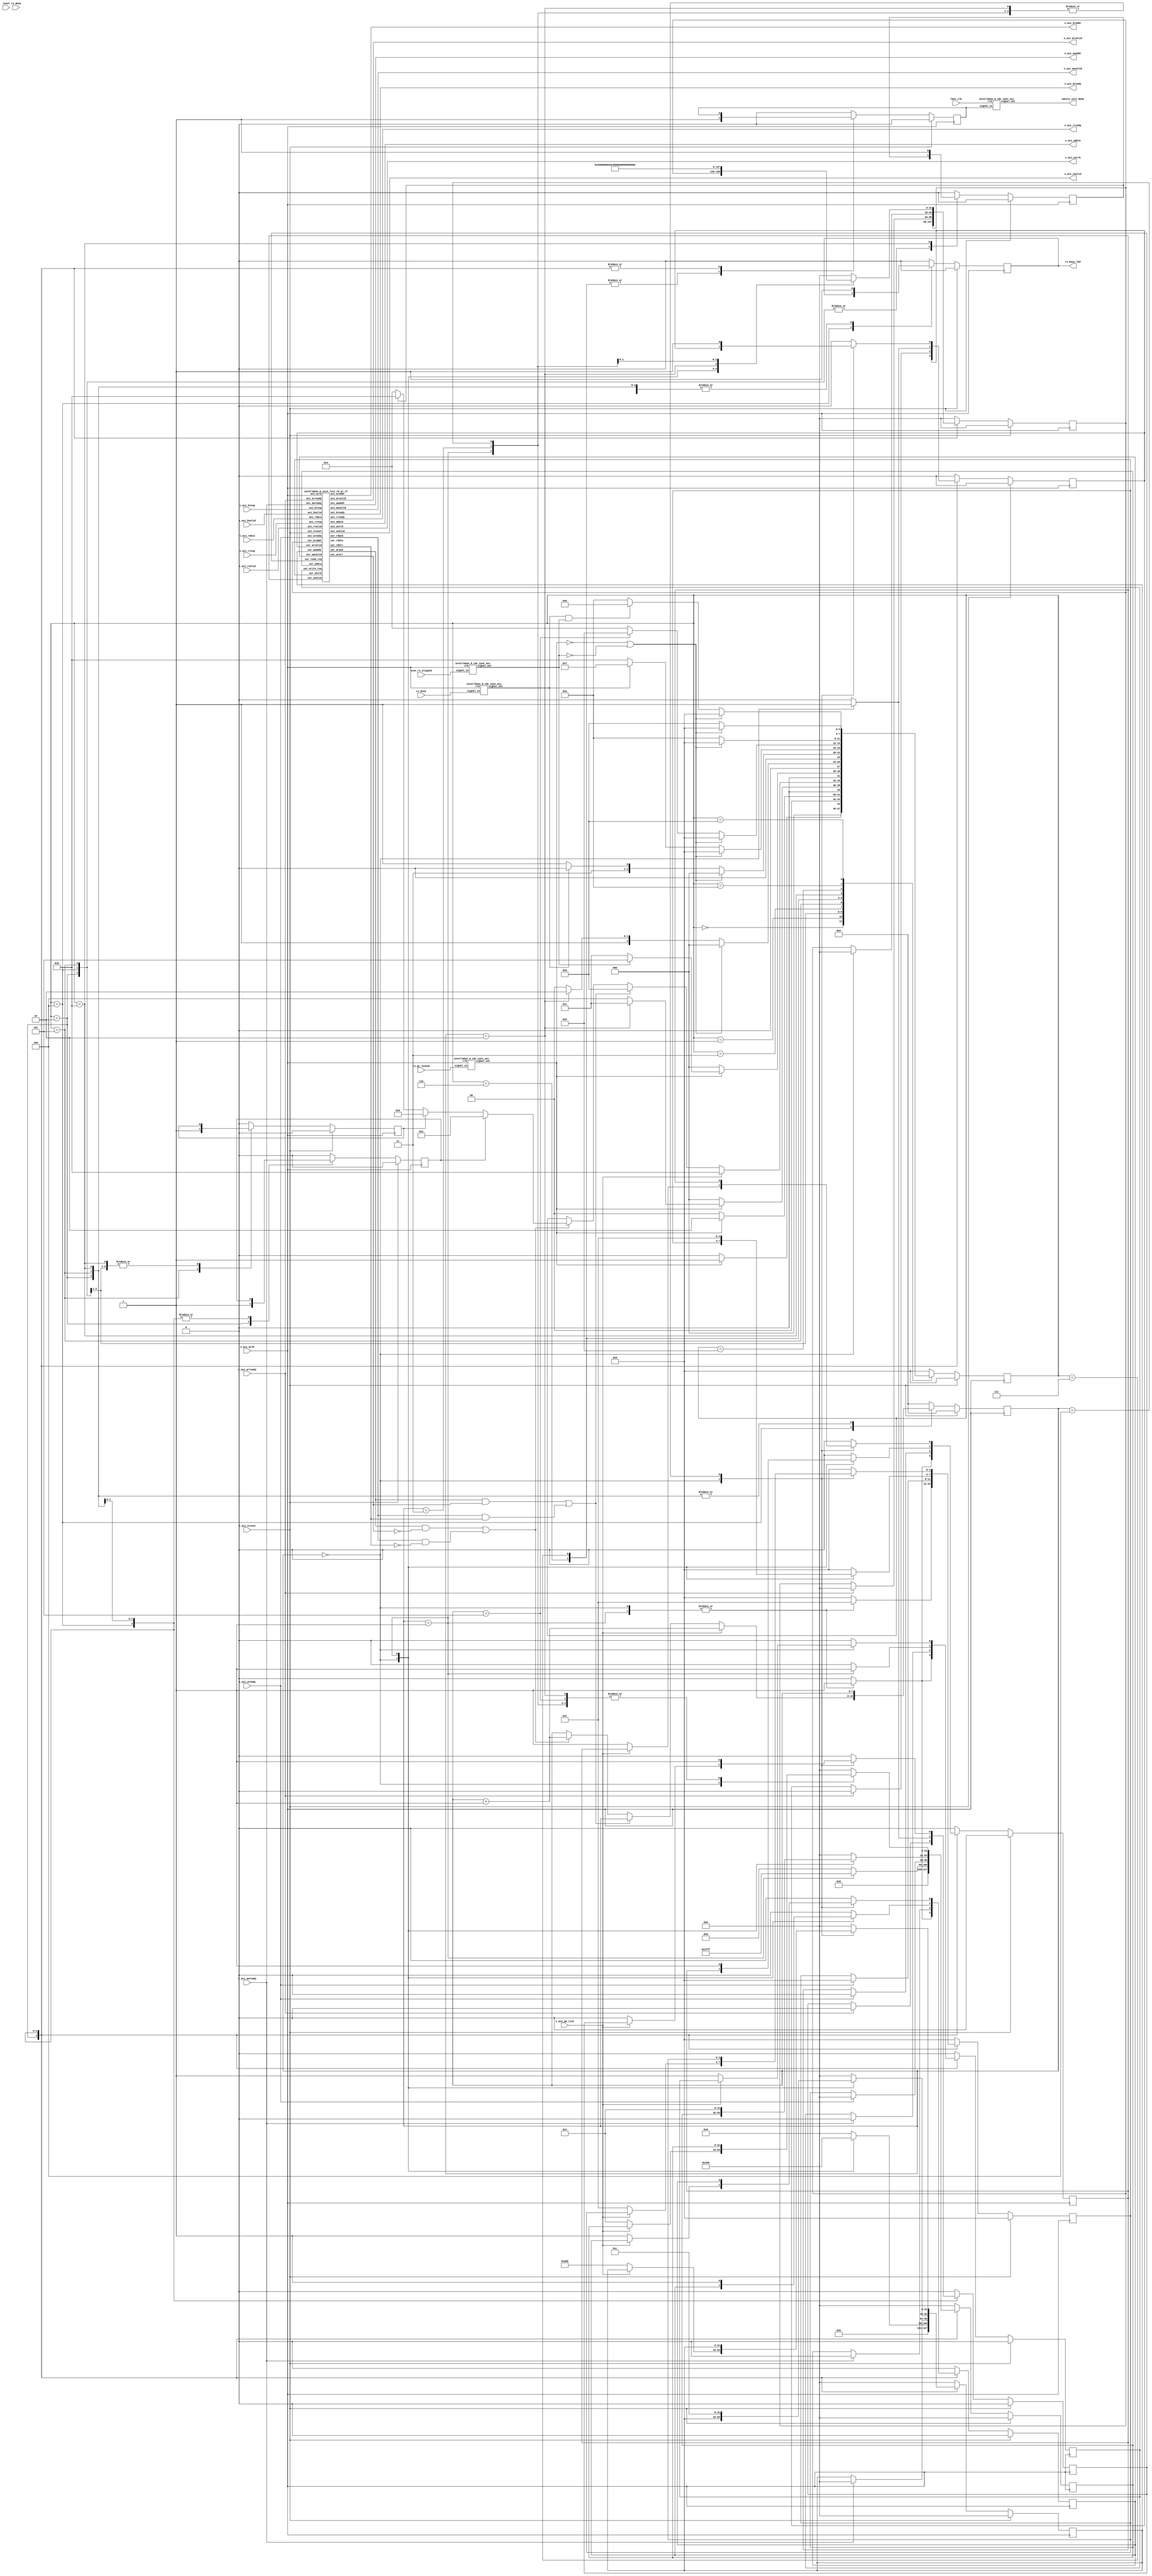
////------------------------------------------------------------------------------
////  (c) Copyright 2013 Xilinx, Inc. All rights reserved.
////
////  This file contains confidential and proprietary information
////  of Xilinx, Inc. and is protected under U.S. and
////  international copyright and other intellectual property
////  laws.
////
////  DISCLAIMER
////  This disclaimer is not a license and does not grant any
////  rights to the materials distributed herewith. Except as
////  otherwise provided in a valid license issued to you by
////  Xilinx, and to the maximum extent permitted by applicable
////  law: (1) THESE MATERIALS ARE MADE AVAILABLE "AS IS" AND
////  WITH ALL FAULTS, AND XILINX HEREBY DISCLAIMS ALL WARRANTIES
////  AND CONDITIONS, EXPRESS, IMPLIED, OR STATUTORY, INCLUDING
////  BUT NOT LIMITED TO WARRANTIES OF MERCHANTABILITY, NON-
////  INFRINGEMENT, OR FITNESS FOR ANY PARTICULAR PURPOSE; and
////  (2) Xilinx shall not be liable (whether in contract or tort,
////  including negligence, or under any other theory of
////  liability) for any loss or damage of any kind or nature
////  related to, arising under or in connection with these
////  materials, including for any direct, or any indirect,
////  special, incidental, or consequential loss or damage
////  (including loss of data, profits, goodwill, or any type of
////  loss or damage suffered as a result of any action brought
////  by a third party) even if such damage or loss was
////  reasonably foreseeable or Xilinx had been advised of the
////  possibility of the same.
////
////  CRITICAL APPLICATIONS
////  Xilinx products are not designed or intended to be fail-
////  safe, or for use in any application requiring fail-safe
////  performance, such as life-support or safety devices or
////  systems, Class III medical devices, nuclear facilities,
////  applications related to the deployment of airbags, or any
////  other applications that could lead to death, personal
////  injury, or severe property or environmental damage
////  (individually and collectively, "Critical
////  Applications"). Customer assumes the sole risk and
////  liability of any use of Xilinx products in Critical
////  Applications, subject only to applicable laws and
////  regulations governing limitations on product liability.
////
////  THIS COPYRIGHT NOTICE AND DISCLAIMER MUST BE RETAINED AS
////  PART OF THIS FILE AT ALL TIMES.
////------------------------------------------------------------------------------

`timescale 1ps/1ps
(* DowngradeIPIdentifiedWarnings="yes" *)

module interlaken_0_axi4_lite_user_if
   (
    input  wire            lbus_clk,
    input  wire            reset,
    input  wire            rx_gt_locked,
    input  wire            stat_rx_aligned,
    input                  rx_done,
    input                  rx_busy,
    output wire            rx_busy_led,

    output wire            sanity_init_done,

    input                  s_axi_aclk,
    input                  s_axi_sreset,
    input                  s_axi_pm_tick,
    output  [31:0]         s_axi_awaddr,
    output                 s_axi_awvalid,
    
    input                  s_axi_awready,
    
    output  [31:0]         s_axi_wdata,
    output  [3:0]          s_axi_wstrb,
    output                 s_axi_wvalid,
    input                  s_axi_wready,
    
    input   [1:0]          s_axi_bresp,
    input                  s_axi_bvalid,
    output                 s_axi_bready,
    
    output  [31:0]         s_axi_araddr,
    output                 s_axi_arvalid,
    input                  s_axi_arready,
    input   [31:0]         s_axi_rdata,
    input   [1:0]          s_axi_rresp,
    input                  s_axi_rvalid,
    output                 s_axi_rready

    );

    //// axi_user_prestate
    parameter STATE_AXI_IDLE            = 0;
    parameter STATE_GT_LOCKED           = 1;
    parameter STATE_INIT_RX_ALIGNED     = 2;
    parameter STATE_WAIT_RX_ALIGNED     = 3;
    parameter STATE_AXI_RD_WR           = 4;
    parameter STATE_INIT_PKT_TRANSFER   = 5;
    parameter STATE_WAIT_SANITY_DONE    = 6;
    parameter STATE_TEST_WAIT           = 7;
    parameter STATE_READ_STATS          = 8;
    parameter STATE_READ_DONE           = 9;
    parameter STATE_TEST_DONE           = 10;
    parameter STATE_INVALID_AXI_RD_WR   = 11;

    //// axi_reg_map address
    parameter  ADDR_CORE_VERSION_REG                 =  32'h00000000;
    parameter  ADDR_GT_RESET_REG                     =  32'h00000004;
    parameter  ADDR_RESET_REG                        =  32'h00000008;
    parameter  ADDR_CONFIGURATION_TX_REG             =  32'h0000000C;
    parameter  ADDR_CONFIGURATION_TX_DIAGWORD_REG    =  32'h00000010;
    parameter  ADDR_CONFIGURATION_RX_REG             =  32'h00000014;

    parameter  ADDR_STAT_TX_STATUS_REG               =  32'h00000200;

    parameter  ADDR_STAT_RX_STATUS_REG               =  32'h00000204;
    parameter  ADDR_STAT_RX_DIAGWORD_REG             =  32'h00000208;
    parameter  ADDR_STAT_RX_MUBITS_REG               =  32'h0000020C;
    parameter  ADDR_STAT_RX_SYNCED_REG               =  32'h00000210;
    parameter  ADDR_STAT_RX_SYNCED_ERR_REG           =  32'h00000214;
    parameter  ADDR_STAT_RX_MF_ERR_REG               =  32'h00000218;
    parameter  ADDR_STAT_RX_MF_LEN_ERR_REG           =  32'h0000021C;
    parameter  ADDR_STAT_RX_MF_REPEAT_ERR_REG        =  32'h00000220;
    parameter  ADDR_STAT_RX_DESCRAM_ERR_MSG          =  32'h00000224;

    parameter  ADDR_STAT_RX_CRC32_ERR_LANE0          =  32'h000002C0;
    parameter  ADDR_STAT_RX_CRC32_ERR_LANE1          =  32'h000002C8;
    parameter  ADDR_STAT_RX_CRC32_ERR_LANE2          =  32'h000002D0;
    parameter  ADDR_STAT_RX_CRC32_ERR_LANE3          =  32'h000002D8;
    parameter  ADDR_STAT_RX_CRC32_ERR_LANE4          =  32'h000002E0;
    parameter  ADDR_STAT_RX_CRC32_ERR_LANE5          =  32'h000002E8;
    parameter  ADDR_STAT_RX_CRC32_ERR_LANE6          =  32'h000002F0;
    parameter  ADDR_STAT_RX_CRC32_ERR_LANE7          =  32'h000002F8;
    parameter  ADDR_STAT_RX_CRC32_ERR_LANE8          =  32'h00000300;
    parameter  ADDR_STAT_RX_CRC32_ERR_LANE9          =  32'h00000308;
    parameter  ADDR_STAT_RX_CRC32_ERR_LANE10         =  32'h00000310;
    parameter  ADDR_STAT_RX_CRC32_ERR_LANE11         =  32'h00000318;
    parameter  ADDR_STAT_RX_CRC24_ERR                =  32'h00000320;
    parameter  ADDR_STAT_RX_BAD_TYPE_ERR_LANE0       =  32'h00000328;
    parameter  ADDR_STAT_RX_BAD_TYPE_ERR_LANE1       =  32'h00000330;
    parameter  ADDR_STAT_RX_BAD_TYPE_ERR_LANE2       =  32'h00000338;
    parameter  ADDR_STAT_RX_BAD_TYPE_ERR_LANE3       =  32'h00000340;
    parameter  ADDR_STAT_RX_BAD_TYPE_ERR_LANE4       =  32'h00000348;
    parameter  ADDR_STAT_RX_BAD_TYPE_ERR_LANE5       =  32'h00000350;
    parameter  ADDR_STAT_RX_BAD_TYPE_ERR_LANE6       =  32'h00000358;
    parameter  ADDR_STAT_RX_BAD_TYPE_ERR_LANE7       =  32'h00000360;
    parameter  ADDR_STAT_RX_BAD_TYPE_ERR_LANE8       =  32'h00000368;
    parameter  ADDR_STAT_RX_BAD_TYPE_ERR_LANE9       =  32'h00000370;
    parameter  ADDR_STAT_RX_BAD_TYPE_ERR_LANE10      =  32'h00000378;
    parameter  ADDR_STAT_RX_BAD_TYPE_ERR_LANE11      =  32'h00000380;
    parameter  ADDR_STAT_RX_FRAMING_ERR_LANE0        =  32'h00000388;
    parameter  ADDR_STAT_RX_FRAMING_ERR_LANE1        =  32'h00000390;
    parameter  ADDR_STAT_RX_FRAMING_ERR_LANE2        =  32'h00000398;
    parameter  ADDR_STAT_RX_FRAMING_ERR_LANE3        =  32'h000003A0;
    parameter  ADDR_STAT_RX_FRAMING_ERR_LANE4        =  32'h000003A8;
    parameter  ADDR_STAT_RX_FRAMING_ERR_LANE5        =  32'h000003B0;
    parameter  ADDR_STAT_RX_FRAMING_ERR_LANE6        =  32'h000003B8;
    parameter  ADDR_STAT_RX_FRAMING_ERR_LANE7        =  32'h000003C0;
    parameter  ADDR_STAT_RX_FRAMING_ERR_LANE8        =  32'h000003C8;
    parameter  ADDR_STAT_RX_FRAMING_ERR_LANE9        =  32'h000003D0;
    parameter  ADDR_STAT_RX_FRAMING_ERR_LANE10       =  32'h000003D8;
    parameter  ADDR_STAT_RX_FRAMING_ERR_LANE11       =  32'h000003E0;


    parameter  ADDR_TICK_REG                         =  32'h000002B0;

    ////State Registers for TX
    reg  [3:0]     axi_user_prestate;

    reg  [31:0]    axi_wr_data;
    reg  [31:0]    axi_read_data;
    wire [31:0]    axi_rd_data;
    reg  [31:0]    axi_wr_addr, axi_rd_addr;
    reg  [3:0]     axi_wr_strobe;
    reg            axi_wr_data_valid;
    reg            axi_wr_addr_valid;
    reg            axi_rd_addr_valid;
    reg            axi_rd_req;
    reg            axi_wr_req;
    wire           axi_wr_ack;
    wire           axi_rd_ack;
    wire           axi_wr_err;
    wire           axi_rd_err;
    reg  [7:0]     rd_wr_cntr; 
    reg  [31:0]    stat_tx_status_v;
    reg  [31:0]    stat_rx_status_v, stat_rx_mubits_v, stat_rx_synced_v, stat_rx_synced_err_lane0_v, stat_rx_crc32_err_v, stat_rx_crc24_err_v, stat_rx_bad_type_err_lane0_v;
    reg            sanity_init_done_r;
    reg            init_rx_aligned;
    reg            init_data_sanity;
    reg            init_stat_read;
    wire           stat_rx_aligned_sync;
    wire           gt_locked_sync;
    wire           rx_done_sync;
    wire           rx_busy_sync;
    reg            rx_busy_led_r;
     
    wire            pm_tick_r;
    assign pm_tick_r = s_axi_pm_tick;

    ////----------------------------------------TX Module -----------------------//
    
    //////////////////////////////////////////////////
    ////State Machine 
    //////////////////////////////////////////////////
    always @( posedge s_axi_aclk )
    begin
        if ( s_axi_sreset == 1'b1 )
        begin
            axi_user_prestate         <= STATE_AXI_IDLE;
            axi_rd_addr               <= 32'd0;
            axi_rd_addr_valid         <= 1'b0;
            axi_wr_data               <= 32'd0;
            axi_read_data             <= 32'd0;
            axi_wr_addr               <= 32'd0;
            axi_wr_addr_valid         <= 1'b0;
            axi_wr_data_valid         <= 1'b0;
            axi_wr_strobe             <= 4'd0;
            axi_rd_req                <= 1'b0;
            axi_wr_req                <= 1'b0;
            rd_wr_cntr                <= 8'd0;
            init_rx_aligned           <= 1'b0;
            init_data_sanity          <= 1'b0;
            init_stat_read            <= 1'b0;
            sanity_init_done_r        <= 1'b0;
            rx_busy_led_r             <= 1'b0;
            stat_tx_status_v          <= 32'd0;
            stat_rx_status_v             <= 32'd0;
            stat_rx_mubits_v             <= 32'd0;
            stat_rx_synced_v             <= 32'd0;
            stat_rx_synced_err_lane0_v         <= 32'd0;
            stat_rx_crc32_err_v          <= 32'd0;
            stat_rx_crc24_err_v          <= 32'd0;
            stat_rx_bad_type_err_lane0_v <= 32'd0;
        end
        else
        begin
        case (axi_user_prestate)
            STATE_AXI_IDLE            :
                                     begin
                                         axi_rd_addr               <= 32'd0;
                                         axi_rd_addr_valid         <= 1'b0;
                                         axi_wr_data               <= 32'd0;
                                         axi_read_data             <= 32'd0;
                                         axi_wr_addr               <= 32'd0;
                                         axi_wr_addr_valid         <= 1'b0;
                                         axi_wr_data_valid         <= 1'b0;
                                         axi_wr_strobe             <= 4'd0;
                                         axi_rd_req                <= 1'b0;
                                         axi_wr_req                <= 1'b0;
                                         rd_wr_cntr                <= 8'd0;
                                         init_rx_aligned           <= 1'b0;
                                         init_data_sanity          <= 1'b0;
                                         init_stat_read            <= 1'b0;
                                         sanity_init_done_r        <= 1'b0;
                                         rx_busy_led_r             <= 1'b0;
                                         stat_tx_status_v          <= 32'd0;
                                         stat_rx_status_v          <= 32'd0;
                                         stat_rx_mubits_v          <= 32'd0;
                                         stat_rx_synced_v          <= 32'd0;
                                         stat_rx_synced_err_lane0_v      <= 32'd0;
                                         stat_rx_crc32_err_v       <= 32'd0;
                                         stat_rx_crc24_err_v       <= 32'd0;
                                         stat_rx_bad_type_err_lane0_v <= 32'd0;
                                         //// State transition
                                         if  (gt_locked_sync == 1'b1)
                                         begin
                                             axi_user_prestate <= STATE_GT_LOCKED;
                                         end
                                         else
                                             axi_user_prestate <= STATE_AXI_IDLE;
                                     end
            STATE_GT_LOCKED          :
                                     begin
                                         axi_rd_addr             <= 32'd0;
                                         axi_rd_addr_valid       <= 1'b0;
                                         axi_wr_data             <= 32'd0;
                                         axi_read_data           <= 32'd0;
                                         axi_wr_addr             <= 32'd0;
                                         axi_wr_addr_valid       <= 1'b0;
                                         axi_wr_data_valid       <= 1'b0;
                                         axi_wr_strobe           <= 4'd0;
                                         axi_rd_req              <= 1'b0;
                                         axi_wr_req              <= 1'b0;
                                         rd_wr_cntr              <= 8'd0;
                                         rx_busy_led_r           <= 1'b1;
                                         init_rx_aligned         <= 1'b0;
                                         init_data_sanity        <= 1'b0;
                                         init_stat_read          <= 1'b0;
                                         sanity_init_done_r      <= 1'b0;
                                         //// State transition
                                         if  (gt_locked_sync == 1'b0)
                                             axi_user_prestate <= STATE_AXI_IDLE;
                                         else 
                                             axi_user_prestate <= STATE_INIT_RX_ALIGNED;
                                     end
            STATE_INIT_RX_ALIGNED    :
                                     begin
                                         rx_busy_led_r           <= 1'b1;
                                         init_rx_aligned         <= 1'b1;

                                         case (rd_wr_cntr)
                                             'd0     : begin
                                                           $display( "           AXI4-Lite Write Started to Config the Core CTL_* Ports ..." );
                                                           axi_wr_data             <= 32'h00000000;       
                                                           axi_wr_addr             <= ADDR_CONFIGURATION_TX_REG; 
                                                           axi_wr_addr_valid       <= 1'b1;
                                                           axi_wr_data_valid       <= 1'b1;
                                                           axi_wr_strobe           <= 4'hF;
                                                           axi_rd_req              <= 1'b0;
                                                           axi_wr_req              <= 1'b1;
                                                       end
                                             'd1     : begin
                                                           axi_wr_data             <= 32'h00001FFF;
                                                           axi_wr_addr             <= ADDR_CONFIGURATION_TX_DIAGWORD_REG;
                                                           axi_wr_addr_valid       <= 1'b1;
                                                           axi_wr_data_valid       <= 1'b1;
                                                           axi_wr_strobe           <= 4'hF;
                                                           axi_rd_req              <= 1'b0;
                                                           axi_wr_req              <= 1'b1;
                                                       end
                                             default : begin
                                                           axi_wr_data             <= 32'h0;
                                                           axi_wr_addr             <= 32'h0;
                                                           axi_wr_addr_valid       <= 1'b0;
                                                           axi_wr_data_valid       <= 1'b0;
                                                           axi_wr_strobe           <= 4'h0;
                                                           axi_rd_req              <= 1'b0;
                                                           axi_wr_req              <= 1'b0;
                                                       end
                                         endcase

                                         //// State transition
                                         if  (gt_locked_sync == 1'b0)
                                             axi_user_prestate <= STATE_AXI_IDLE;
                                         else if  (rd_wr_cntr == 8'd2)
                                         begin
                                             $display( "           AXI4-Lite Write Completed" );
                                             axi_user_prestate <= STATE_WAIT_RX_ALIGNED;
                                         end
                                         else
                                             axi_user_prestate <= STATE_AXI_RD_WR;
                                     end
            STATE_AXI_RD_WR          :
                                     begin
                                         if (s_axi_awready) begin
                                             axi_wr_addr             <= 32'd0;
                                             axi_wr_addr_valid       <= 1'b0;
                                             axi_wr_req              <= 1'b0;
                                        end
                                        if (s_axi_wready) begin
                                             axi_wr_data             <= 32'd0;
                                             axi_wr_data_valid       <= 1'b0;
                                             axi_wr_strobe           <= 4'd0;
                                        end
                                        if (s_axi_arready) begin
                                             axi_rd_addr             <= 32'd0;
                                             axi_rd_addr_valid       <= 1'b0;
                                             axi_rd_req              <= 1'b0;
                                        end
                                        
                                         //// State transition
                                         if (pm_tick_r == 1'b1)
                                         begin
                                            rd_wr_cntr        <= rd_wr_cntr + 8'd1;
                                            axi_user_prestate <= STATE_READ_STATS;
                                         end
                                         else if  ((axi_wr_ack == 1'b1 && axi_wr_err == 1'b1) || (axi_rd_ack == 1'b1 && axi_rd_err == 1'b1))
                                         begin
                                             $display("ERROR : INVALID AXI4-Lite READ/WRITE OPERATION OCCURED, APPLY SYS_RESET TO RECOVER ..........");
                                             axi_user_prestate <= STATE_INVALID_AXI_RD_WR;
                                         end
                                         else if  ((axi_wr_ack == 1'b1 && axi_wr_err == 1'b0) || (axi_rd_ack == 1'b1 && axi_rd_err == 1'b0))
                                         begin
                                             rd_wr_cntr              <= rd_wr_cntr + 8'd1;
                                             axi_read_data           <= axi_rd_data;
                                             if  (init_rx_aligned == 1'b1)
                                                 axi_user_prestate <= STATE_INIT_RX_ALIGNED;
                                             else if  (init_data_sanity == 1'b1)
                                                 axi_user_prestate <= STATE_INIT_PKT_TRANSFER;
                                             else if  (init_stat_read == 1'b1)
                                                 axi_user_prestate <= STATE_READ_STATS;
                                             else
                                                 axi_user_prestate <= STATE_AXI_RD_WR;
                                         end
                                     end
            STATE_WAIT_RX_ALIGNED    :
                                     begin
                                         rx_busy_led_r           <= 1'b1;
                                         axi_rd_addr             <= 32'd0;
                                         axi_rd_addr_valid       <= 1'b0;
                                         axi_wr_data             <= 32'd0;
                                         axi_read_data           <= 32'd0;
                                         axi_wr_addr             <= 32'd0;
                                         axi_wr_addr_valid       <= 1'b0;
                                         axi_wr_data_valid       <= 1'b0;
                                         axi_wr_strobe           <= 4'd0;
                                         axi_rd_req              <= 1'b0;
                                         axi_wr_req              <= 1'b0;
                                         rd_wr_cntr              <= 8'd0;
                                         init_rx_aligned         <= 1'b0;
                                         init_data_sanity        <= 1'b0;
                                         init_stat_read          <= 1'b0;
                                         sanity_init_done_r      <= 1'b0;

                                         //// State transition
                                         if  (gt_locked_sync == 1'b0)
                                             axi_user_prestate <= STATE_AXI_IDLE;
                                         else if  (stat_rx_aligned_sync == 1'b1)
                                         begin
                                             axi_user_prestate <= STATE_INIT_PKT_TRANSFER;
                                         end
                                         else
                                             axi_user_prestate <= STATE_WAIT_RX_ALIGNED;
                                     end
            STATE_INIT_PKT_TRANSFER  : 
                                     begin
                                         rx_busy_led_r           <= 1'b1;
                                         init_data_sanity        <= 1'b1;

                                         case (rd_wr_cntr)
                                             'd0     : begin
                                                           $display( "           AXI4 Lite Read Started for Core Version Reg..." );
                                                           axi_rd_addr             <= ADDR_CORE_VERSION_REG;
                                                           axi_rd_addr_valid       <= 1'b1;
                                                           axi_rd_req              <= 1'b1;
                                                           axi_wr_req              <= 1'b0;
                                                       end
                                             'd1     : begin
                                                           $display( "           Core_Version  =  %d.%0d", axi_read_data[15:8], axi_read_data[7:0] );
                                                           $display( "           AXI4-Lite Write Started to Enable data sanity check..." );
                                                           axi_wr_data             <= 32'h00000001;         //// ctl_tx_enable=1 
                                                           axi_wr_addr             <= ADDR_CONFIGURATION_TX_REG;   //// CONFIGURATION_TX_REG
                                                           axi_wr_addr_valid       <= 1'b1;
                                                           axi_wr_data_valid       <= 1'b1;
                                                           axi_wr_strobe           <= 4'hF;
                                                           axi_rd_addr_valid       <= 1'b0;
                                                           axi_rd_req              <= 1'b0;
                                                           axi_wr_req              <= 1'b1;
                                                       end
                                             default : begin
                                                           axi_wr_data             <= 32'h0;
                                                           axi_wr_addr             <= 32'h0;
                                                           axi_wr_addr_valid       <= 1'b0;
                                                           axi_wr_data_valid       <= 1'b0;
                                                           axi_wr_strobe           <= 4'h0;
                                                           axi_rd_addr_valid       <= 1'b0;
                                                           axi_rd_req              <= 1'b0;
                                                           axi_wr_req              <= 1'b0;
                                                       end
                                         endcase

                                         //// State transition
                                         if  (gt_locked_sync == 1'b0 || stat_rx_aligned_sync == 1'b0)
                                             axi_user_prestate <= STATE_AXI_IDLE;
                                         else if  (rd_wr_cntr == 8'd2)
                                         begin
                                             $display( "           AXI4-Lite Write Completed" );
                                             $display("INFO : Packet Generator and Monitor (SANITY Testing) STARTED");
                                             axi_user_prestate <= STATE_WAIT_SANITY_DONE;
                                         end
                                         else
                                             axi_user_prestate <= STATE_AXI_RD_WR;
                                     end
            STATE_WAIT_SANITY_DONE   :
                                      begin
                                         rx_busy_led_r           <= 1'b1;
                                         axi_rd_addr             <= 32'd0;
                                         axi_rd_addr_valid       <= 1'b0;
                                         axi_wr_data             <= 32'd0;
                                         axi_read_data           <= 32'd0;
                                         axi_wr_addr             <= 32'd0;
                                         axi_wr_addr_valid       <= 1'b0;
                                         axi_wr_data_valid       <= 1'b0;
                                         axi_wr_strobe           <= 4'd0;
                                         axi_rd_req              <= 1'b0;
                                         axi_wr_req              <= 1'b0;
                                         rd_wr_cntr              <= 8'd0;
                                         init_rx_aligned         <= 1'b0;
                                         init_data_sanity        <= 1'b0;
                                         init_stat_read          <= 1'b0;
                                         sanity_init_done_r      <= 1'b1;

                                         //// State transition
                                         if  (gt_locked_sync == 1'b0 || stat_rx_aligned_sync == 1'b0)
                                             axi_user_prestate <= STATE_AXI_IDLE;
                                         else if  (rx_busy_sync == 1'b0)
                                             axi_user_prestate <= STATE_TEST_WAIT;
                                         else
                                             axi_user_prestate <= STATE_WAIT_SANITY_DONE;
                                     end

            STATE_TEST_WAIT          :
                                      begin
                                         rx_busy_led_r           <= 1'b1;
                                         axi_rd_addr             <= 32'd0;
                                         axi_rd_addr_valid       <= 1'b0;
                                         axi_read_data           <= 32'd0;
                                         axi_wr_data             <= 32'd0;
                                         axi_wr_addr             <= 32'd0;
                                         axi_wr_addr_valid       <= 1'b0;
                                         axi_wr_data_valid       <= 1'b0;
                                         axi_wr_strobe           <= 4'd0;
                                         axi_rd_req              <= 1'b0;
                                         axi_wr_req              <= 1'b0;
                                         rd_wr_cntr              <= 8'd0;
                                         init_rx_aligned         <= 1'b0;
                                         init_data_sanity        <= 1'b0;
                                         init_stat_read          <= 1'b0;
                                         sanity_init_done_r      <= 1'b1;

                                         if  (gt_locked_sync == 1'b0 || stat_rx_aligned_sync == 1'b0)
                                             axi_user_prestate <= STATE_AXI_IDLE;
                                         //// State transition
                                         else if  (rx_busy_sync == 1'b0)
                                         begin
                                             axi_user_prestate <= STATE_READ_STATS;
                                         end
                                         else
                                             axi_user_prestate <= STATE_TEST_WAIT;
                                     end
            STATE_READ_STATS         : 
                                     begin
                                         rx_busy_led_r           <= 1'b1;
                                         init_stat_read          <= 1'b1;

                                         case (rd_wr_cntr)
                                             'd0       : begin
                                                             if (pm_tick_r == 1'b1)
                                                                $display( "           PM Tick input is driven as %b", pm_tick_r );
                                                             else
                                                             begin
                                                                $display( "           PM Tick is written through AXI" );
                                                                axi_wr_data             <= 32'h00000001;   //// If input pin pm_tick = 1'b0, then AXI pm tick write 1'b1 will happen thru AXI interface
                                                                axi_wr_addr             <= ADDR_TICK_REG;  //// ADDR_TICK_REG
                                                                axi_wr_addr_valid       <= 1'b1;
                                                                axi_wr_data_valid       <= 1'b1;
                                                                axi_wr_strobe           <= 4'hF;
                                                                axi_rd_req              <= 1'b0;
                                                                axi_wr_req              <= 1'b1;
                                                             end
                                                       end
                                             'd1       : begin
                                                             $display( "           AXI4-Lite Read Started for TX Status..." );
                                                             axi_rd_addr                     <= ADDR_STAT_TX_STATUS_REG;
                                                             axi_rd_addr_valid               <= 1'b1;
                                                             axi_rd_req                      <= 1'b1;
                                                             axi_wr_req                      <= 1'b0;
                                                       end
                                             'd2       : begin
                                                             $display( "           AXI4-Lite Read Started for RX Status..." );
                                                             axi_rd_addr                     <= ADDR_STAT_RX_MUBITS_REG;
                                                             axi_rd_addr_valid               <= 1'b1;
                                                             axi_rd_req                      <= 1'b1;
                                                             axi_wr_req                      <= 1'b0;
                                                             stat_tx_status_v                <= axi_read_data;
                                                       end
                                             'd3       : begin
                                                             axi_rd_addr                     <= ADDR_STAT_RX_CRC32_ERR_LANE0;
                                                             axi_rd_addr_valid               <= 1'b1;
                                                             axi_rd_req                      <= 1'b1;
                                                             axi_wr_req                      <= 1'b0;
                                                             stat_rx_mubits_v                <= axi_read_data;
                                                       end
                                             'd4       : begin
                                                             axi_rd_addr                     <= ADDR_STAT_RX_CRC24_ERR;
                                                             axi_rd_addr_valid               <= 1'b1;
                                                             axi_rd_req                      <= 1'b1;
                                                             axi_wr_req                      <= 1'b0;
                                                             stat_rx_crc32_err_v             <= axi_read_data;
                                                       end
                                             'd5       : begin
                                                             stat_rx_crc24_err_v             <= axi_read_data;
                                                             axi_wr_addr                      <= 32'h0;
                                                             axi_wr_addr_valid                <= 1'b0;
                                                             axi_wr_data_valid                <= 1'b0;
                                                             axi_wr_strobe                    <= 4'h0;
                                                             axi_rd_req                       <= 1'b0;
                                                             axi_wr_req                       <= 1'b0;
                                                             axi_rd_addr                      <= 32'd0;
                                                             axi_rd_addr_valid                <= 1'b0;
                                                       end
                                              default : begin
                                                             axi_wr_data                      <= 32'h0;
                                                             axi_wr_addr                      <= 32'h0;
                                                             axi_wr_addr_valid                <= 1'b0;
                                                             axi_wr_data_valid                <= 1'b0;
                                                             axi_wr_strobe                    <= 4'h0;
                                                             axi_rd_req                       <= 1'b0;
                                                             axi_wr_req                       <= 1'b0;
                                                             axi_rd_addr                      <= 32'd0;
                                                             axi_rd_addr_valid                <= 1'b0;
                                                       end
                                         endcase

                                         //// State transition
                                         if  (gt_locked_sync == 1'b0 || stat_rx_aligned_sync == 1'b0)
                                         begin
                                             axi_user_prestate <= STATE_AXI_IDLE;
                                         end
                                         else if  (rd_wr_cntr == 8'd5)
                                         begin
                                             axi_user_prestate <= STATE_READ_DONE;
                                         end
                                         else
                                             axi_user_prestate <= STATE_AXI_RD_WR;
                                     end
            STATE_READ_DONE          :
                                     begin
                                         rx_busy_led_r           <= 1'b0;
                                         axi_rd_addr             <= 32'd0;
                                         axi_rd_addr_valid       <= 1'b0;
                                         axi_wr_data             <= 32'd0;
                                         axi_wr_addr             <= 32'd0;
                                         axi_wr_addr_valid       <= 1'b0;
                                         axi_wr_data_valid       <= 1'b0;
                                         axi_wr_strobe           <= 4'd0;
                                         axi_rd_req              <= 1'b0;
                                         axi_wr_req              <= 1'b0;
                                         rd_wr_cntr              <= 8'd0;
                                         init_rx_aligned         <= 1'b0;
                                         init_data_sanity        <= 1'b0;
                                         init_stat_read          <= 1'b0;
                                         sanity_init_done_r      <= 1'b0;

                                         $display( "               STAT_TX_STATUS_GEG         = %d", stat_tx_status_v);
                                         $display( "               STAT_RX_MUBITS_REG         = %d", stat_rx_mubits_v );
                                         $display( "               STAT_RX_CRC32_ERR          = %d", stat_rx_crc32_err_v );
                                         $display( "               STAT_RX_CRC24_ERR          = %d", stat_rx_crc24_err_v );
                                         $display( "           AXI4-Lite Read Completed" );
                                         //// State transition
                                         if  (gt_locked_sync == 1'b0 || stat_rx_aligned_sync == 1'b0)
                                             axi_user_prestate <= STATE_AXI_IDLE;
                                         else 
                                             axi_user_prestate <= STATE_TEST_DONE;
                                     end
             STATE_TEST_DONE         :
                                     begin
                                         rx_busy_led_r           <= 1'b0;
                                         axi_rd_addr             <= 32'd0;
                                         axi_rd_addr_valid       <= 1'b0;
                                         axi_wr_data             <= 32'd0;
                                         axi_wr_addr             <= 32'd0;
                                         axi_wr_addr_valid       <= 1'b0;
                                         axi_wr_data_valid       <= 1'b0;
                                         axi_wr_strobe           <= 4'd0;
                                         axi_rd_req              <= 1'b0;
                                         axi_wr_req              <= 1'b0;
                                         rd_wr_cntr              <= 8'd0;
                                         init_rx_aligned         <= 1'b0;
                                         init_data_sanity        <= 1'b0;
                                         init_stat_read          <= 1'b0;
                                         sanity_init_done_r      <= 1'b0;

                                         //// State transition
                                         if  (gt_locked_sync == 1'b0 || stat_rx_aligned_sync == 1'b0)
                                             axi_user_prestate <= STATE_AXI_IDLE;
                                         else if (rx_busy_sync == 1'b1 && stat_rx_aligned_sync == 1'b1)
                                             axi_user_prestate <= STATE_WAIT_SANITY_DONE;
                                         else
                                             axi_user_prestate <= STATE_TEST_DONE;
                                     end
             STATE_INVALID_AXI_RD_WR :
                                     begin
                                         rx_busy_led_r           <= 1'b0;
                                         axi_rd_addr             <= 32'd0;
                                         axi_rd_addr_valid       <= 1'b0;
                                         axi_wr_data             <= 32'd0;
                                         axi_wr_addr             <= 32'd0;
                                         axi_wr_addr_valid       <= 1'b0;
                                         axi_wr_data_valid       <= 1'b0;
                                         axi_wr_strobe           <= 4'd0;
                                         axi_rd_req              <= 1'b0;
                                         axi_wr_req              <= 1'b0;
                                         rd_wr_cntr              <= 8'd0;
                                         init_rx_aligned         <= 1'b0;
                                         init_data_sanity        <= 1'b0;
                                         init_stat_read          <= 1'b0;
                                         sanity_init_done_r      <= 1'b0;

                                         //// State transition
                                         if  (gt_locked_sync == 1'b0 || stat_rx_aligned_sync == 1'b0)
                                             axi_user_prestate <= STATE_AXI_IDLE;
                                         else
                                             axi_user_prestate <= STATE_INVALID_AXI_RD_WR;
                                     end
            default                  :
                                     begin
                                         axi_rd_addr               <= 32'd0;
                                         axi_rd_addr_valid         <= 1'b0;
                                         axi_wr_data               <= 32'd0;
                                         axi_read_data             <= 32'd0;
                                         axi_wr_addr               <= 32'd0;
                                         axi_wr_addr_valid         <= 1'b0;
                                         axi_wr_data_valid         <= 1'b0;
                                         axi_wr_strobe             <= 4'd0;
                                         axi_rd_req                <= 1'b0;
                                         axi_wr_req                <= 1'b0;
                                         rd_wr_cntr                <= 8'd0;
                                         init_rx_aligned           <= 1'b0;
                                         init_data_sanity          <= 1'b0;
                                         init_stat_read            <= 1'b0;
                                         sanity_init_done_r        <= 1'b0;
                                         rx_busy_led_r             <= 1'b0;
                                         stat_tx_status_v          <= 32'd0;
                                         stat_rx_status_v          <= 32'd0;
                                         stat_rx_mubits_v          <= 32'd0;
                                         stat_rx_synced_v          <= 32'd0;
                                         stat_rx_synced_err_lane0_v      <= 32'd0;
                                         stat_rx_crc32_err_v       <= 32'd0;
                                         stat_rx_crc24_err_v       <= 32'd0;
                                         stat_rx_bad_type_err_lane0_v <= 32'd0;
                                         axi_user_prestate         <= STATE_AXI_IDLE;
                                     end
            endcase
        end
    end

interlaken_0_axi4_lite_rd_wr_if i_interlaken_0_axi4_lite_rd_wr_if
  (
    .axi_aclk(s_axi_aclk),
    .axi_sreset(s_axi_sreset),
    .axi_bresp(s_axi_bresp),
    .axi_bvalid(s_axi_bvalid),
    .axi_bready(s_axi_bready),
    .axi_rdata(s_axi_rdata),
    .axi_rresp(s_axi_rresp),
    .axi_rvalid(s_axi_rvalid),
    .axi_rready(s_axi_rready),
    .axi_awaddr(s_axi_awaddr),
    .axi_awvalid(s_axi_awvalid),
    .axi_awready(s_axi_awready),
    .axi_wdata(s_axi_wdata),
    .axi_wstrb(s_axi_wstrb),
    .axi_wvalid(s_axi_wvalid),
    .axi_wready(s_axi_wready),
    .axi_araddr(s_axi_araddr),
    .axi_arvalid(s_axi_arvalid),
    .axi_arready(s_axi_arready),
    .usr_write_req(axi_wr_req),
    .usr_read_req(axi_rd_req),
    .usr_rdata(axi_rd_data),
    .usr_araddr(axi_rd_addr),
    .usr_arvalid(axi_rd_addr_valid),
    .usr_awaddr(axi_wr_addr),
    .usr_awvalid(axi_wr_addr_valid),
    .usr_wdata(axi_wr_data),
    .usr_wvalid(axi_wr_data_valid),
    .usr_wstrb(axi_wr_strobe),    
    .usr_wrack(axi_wr_ack),
    .usr_rdack(axi_rd_ack),
    .usr_wrerr(axi_wr_err),
    .usr_rderr(axi_rd_err)
  );
 
   interlaken_0_cdc_sync_axi i_interlaken_0_ilkn_cdc_sync_sanity_init_done
  (
   .clk              (lbus_clk),
   .signal_in        (sanity_init_done_r), 
   .signal_out       (sanity_init_done)
  );
  

   interlaken_0_cdc_sync_axi i_interlaken_0_ilkn_cdc_sync_rx_gt_locked_led
  (
   .clk              (s_axi_aclk),
   .signal_in        (rx_gt_locked), 
   .signal_out       (gt_locked_sync)
  );
  
   interlaken_0_cdc_sync_axi i_interlaken_0_ilkn_cdc_sync_stat_rx_aligned
  (
   .clk              (s_axi_aclk),
   .signal_in        (stat_rx_aligned), 
   .signal_out       (stat_rx_aligned_sync)
  );
 
   interlaken_0_cdc_sync_axi i_interlaken_0_ilkn_cdc_sync_rx_done_led
  (
   .clk              (s_axi_aclk),
   .signal_in        (rx_done), 
   .signal_out       (rx_done_sync)
  );
 
  interlaken_0_cdc_sync_axi i_interlaken_0_ilkn_cdc_sync_rx_busy
  (
   .clk              (s_axi_aclk),
   .signal_in        (rx_busy), 
   .signal_out       (rx_busy_sync)
  );

  assign rx_busy_led      = rx_busy_led_r;

    ////----------------------------------------END TX Module-----------------------//

endmodule

(* DowngradeIPIdentifiedWarnings="yes" *)
module interlaken_0_axi4_lite_rd_wr_if
  (

  input  wire                    axi_aclk,
  input  wire                    axi_sreset,

  input  wire                    usr_write_req,
  input  wire                    usr_read_req,

  //// write side from usr
  input  wire [31:0]             usr_awaddr,
  input  wire                    usr_awvalid,
  input  wire [31:0]             usr_wdata,
  input  wire                    usr_wvalid,
  input  wire [3:0]              usr_wstrb,

  //// write response from axi
  input  wire [1:0]              axi_bresp,
  input  wire                    axi_bvalid,
  output wire                    axi_bready,

  //// read side from usr
  input  wire [31:0]             usr_araddr,
  input  wire                    usr_arvalid,

  //// read side from axi
  input  wire [31:0]             axi_rdata,
  input  wire [1:0]              axi_rresp,
  
  input  wire                    axi_rvalid,
  output wire                    axi_rready,
  output wire                    axi_arvalid,
  input  wire                    axi_arready,

  //// write side to axi
  output wire [31:0]             axi_awaddr,
  output wire                    axi_awvalid,
  input  wire                    axi_awready,

  output wire [31:0]             axi_wdata,
  output wire [3:0]              axi_wstrb,
  output wire                    axi_wvalid,
  input  wire                    axi_wready,

  //// read side to usr
  output wire [31:0]             usr_rdata,
  output wire [31:0]             axi_araddr, 
  output wire                    usr_wrack,
  output wire                    usr_rdack,
  output wire                    usr_wrerr,
  output wire                    usr_rderr
  );

  //// States
  parameter IDLE_STATE  = 0;
  parameter WRITE_STATE = 1;
  parameter READ_STATE  = 2;
  parameter READ_WRITE_STATE = 3;
  parameter ACK_STATE   = 4;

  reg [2:0] pstate;

  reg [31:0]             axi_awaddr_r;
  reg                    axi_awvalid_r;
  reg [31:0]             axi_wdata_r;
  reg [31:0]             axi_rdata_r;
  reg [3:0]              axi_wstrb_r;
  reg                    axi_wvalid_r;

  reg [31:0]             usr_araddr_r;
  reg                    usr_wrack_r;
  reg                    usr_rdack_r;
  reg                    usr_wrerr_r;
  reg                    usr_rderr_r;

  reg                    axi_arvalid_r;
  reg                    axi_bready_r;
  reg                    axi_rready_r;

  reg                    axi_awready_r;
  reg                    axi_wready_r;
  reg                    axi_arready_r;
 
  assign axi_awaddr   =  axi_awready_r ? 32'd0 : axi_awaddr_r;
  assign axi_awvalid  =  axi_awready_r ? 32'd0 : axi_awvalid_r;
  assign axi_wdata    =  axi_wready_r  ? 32'd0 : axi_wdata_r;
  assign axi_wstrb    =  axi_wstrb_r;
  assign axi_wvalid   =  axi_wready_r  ? 32'd0 : axi_wvalid_r;

  assign usr_rdata    =  axi_rdata_r;
  assign axi_bready   =  axi_bready_r;
  assign axi_rready   =  axi_rready_r;
  assign axi_arvalid  =  axi_arready_r ? 32'd0 : axi_arvalid_r;
  assign axi_araddr   =  axi_arready_r ? 32'd0 : usr_araddr_r;

  assign usr_wrack    =  usr_wrack_r;
  assign usr_rdack    =  usr_rdack_r;
  assign usr_wrerr    =  usr_wrerr_r;
  assign usr_rderr    =  usr_rderr_r;

  always @ (posedge axi_aclk)
  begin
        axi_awready_r <= axi_awready;
        axi_wready_r  <= axi_wready;
        axi_arready_r <= axi_arready;   
   end
 
//////////////////////////////////////////////////////////////////////////////
//// Implement axi_bready generation
////
////  axi_bready is asserted for one s_axi_aclk clock cycle when 
////  axi_bvalid is asserted. axi_bready is
////  de-asserted when reset is low.
//////////////////////////////////////////////////////////////////////////////
  always @(posedge axi_aclk)
  begin
     if (axi_sreset == 1'b1)
     begin
        axi_bready_r  <=  1'b0;
     end
     else
     begin
        if ((~axi_bready_r) && (axi_bvalid))
           axi_bready_r  <=  1'b1;
        else
           axi_bready_r  <=  1'b0;
     end
  end

//////////////////////////////////////////////////////////////////////////////
//// Implement axi_rready generation
////
////  axi_rready is asserted for one axi_aclk clock cycle when
////  axi_rvalid is asserted. axi_rready is
////  de-asserted when reset (active low) is asserted.
//////////////////////////////////////////////////////////////////////////////
  always @(posedge axi_aclk)
  begin
     if (axi_sreset == 1'b1)
     begin
        axi_rready_r  <=  1'b0;
     end
     else
     begin
        if ((~axi_rready_r) && (axi_rvalid))
           axi_rready_r  <=  1'b1;
        else
           axi_rready_r  <=  1'b0;
     end
  end

//////////////////////////////////////////////////////////////////////////////
//// State machine flow
//////////////////////////////////////////////////////////////////////////////
  always @(posedge axi_aclk)
  begin
     if (axi_sreset == 1'b1)
     begin
        pstate        <=  IDLE_STATE;

        axi_arvalid_r <=  1'b0;
        usr_araddr_r  <=  32'd0;
        axi_rdata_r   <=  32'd0;

        axi_awvalid_r <=  1'b0;
        axi_awaddr_r  <=  32'd0;
        axi_wvalid_r  <=  1'b0;
        axi_wdata_r   <=  32'd0;
        axi_wstrb_r   <=  4'd0;

        usr_wrack_r   <=  1'b0;
        usr_rdack_r   <=  1'b0;
        usr_wrerr_r   <=  1'b0;
        usr_rderr_r   <=  1'b0;
     end
     else
     begin
        case (pstate)
                IDLE_STATE    : begin
                                    if (usr_read_req == 1'b1 && usr_write_req == 1'b0)
                                    begin
                                       pstate        <=  READ_STATE;
                                       axi_arvalid_r <=  usr_arvalid;
                                       usr_araddr_r  <=  usr_araddr;
                                    end
                                    else if (usr_write_req == 1'b1 && usr_read_req == 1'b0)
                                    begin
                                       pstate        <=  WRITE_STATE;
                                       axi_awvalid_r <=  usr_awvalid;
                                       axi_awaddr_r  <=  usr_awaddr;
                                       axi_wvalid_r  <=  usr_wvalid;
                                       axi_wdata_r   <=  usr_wdata;
                                       axi_wstrb_r   <=  usr_wstrb;
                                    end
                                    else if ((usr_write_req == 1'b1) && (usr_read_req == 1'b1))
                                    begin
                                       pstate        <=  READ_WRITE_STATE;
                                       axi_arvalid_r <=  usr_arvalid;
                                       usr_araddr_r  <=  usr_araddr;
                                       axi_awvalid_r <=  usr_awvalid;
                                       axi_awaddr_r  <=  usr_awaddr;
                                       axi_wvalid_r  <=  usr_wvalid;
                                       axi_wdata_r   <=  usr_wdata;
                                       axi_wstrb_r   <=  usr_wstrb;
                                    end
                                    else
                                    begin
                                       pstate        <=  IDLE_STATE;
                                       axi_arvalid_r <=  1'b0;
                                       usr_araddr_r  <=  32'd0;
                                       axi_rdata_r   <=  32'd0;

                                       axi_awvalid_r <=  1'b0;
                                       axi_awaddr_r  <=  32'd0;
                                       axi_wvalid_r  <=  1'b0;
                                       axi_wdata_r   <=  32'd0;
                                       axi_wstrb_r   <=  4'd0;

                                       usr_wrack_r   <=  1'b0;
                                       usr_rdack_r   <=  1'b0;
                                       usr_wrerr_r   <=  1'b0;
                                       usr_rderr_r   <=  1'b0;
                                    end
                                 end

                WRITE_STATE    : begin
                                    if ((axi_bvalid == 1'b1) && (axi_bready_r == 1'b1))
                                    begin
                                       pstate        <=  ACK_STATE;
                                       usr_wrack_r   <=  1'b1;
                                       if (axi_bresp == 2'b10)
                                          usr_wrerr_r <=  1'b1;
                                       else
                                          usr_wrerr_r <=  1'b0;
                                    end
                                    else
                                    begin
                                       pstate        <=  WRITE_STATE;
                                       axi_awvalid_r <=  usr_awvalid;
                                       axi_awaddr_r  <=  usr_awaddr;
                                       axi_wvalid_r  <=  usr_wvalid;
                                       axi_wdata_r   <=  usr_wdata;
                                       axi_wstrb_r   <=  usr_wstrb;
                                    end
                                 end

                READ_STATE     : begin
                                    if ((axi_rvalid == 1'b1) && (axi_rready_r == 1'b1)) begin
                                       pstate        <=  ACK_STATE;
                                       axi_rdata_r   <=  axi_rdata;
                                       usr_rdack_r   <=  1'b1;
                                       if (axi_rresp == 2'b10)
                                          usr_rderr_r <=  1'b1;
                                       else
                                          usr_rderr_r <=  1'b0;
                                    end
                                    else
                                    begin
                                       pstate        <=  READ_STATE;
                                       axi_arvalid_r <=  usr_arvalid;
                                       usr_araddr_r  <=  usr_araddr;
                                    end
                                 end

              READ_WRITE_STATE : begin
                                  if ((axi_rvalid == 1'b1) && (axi_rready_r == 1'b1)) begin
                                    axi_rdata_r   <= axi_rdata;
                                    if (axi_rresp == 2'b10) 
                                      usr_rderr_r <= 1'b1;
                                    else
                                      usr_rderr_r <= 1'b0;
                                  end
                                 else if ((axi_bvalid == 1'b1) && (axi_bready_r == 1'b1))begin
                                   pstate         <= ACK_STATE;
                                   usr_wrack_r    <= 1'b1;
                                   usr_rdack_r    <= 1'b1;
                                    if (axi_bresp == 2'b10)     
                                     usr_wrerr_r  <= 1'b1;
                                    else
                                     usr_wrerr_r  <= 1'b0;
                                 end 
                                 else
                                 begin
                                    pstate        <=  READ_WRITE_STATE;
                                    axi_awvalid_r <=  usr_awvalid;
                                    axi_awaddr_r  <=  usr_awaddr;
                                    axi_wvalid_r  <=  usr_wvalid;
                                    axi_wdata_r   <=  usr_wdata;
                                    axi_wstrb_r   <=  usr_wstrb;
                                    axi_arvalid_r <=  usr_arvalid;
                                    usr_araddr_r  <=  usr_araddr;
                                 end
                                 end
               
                ACK_STATE      : begin
                                    pstate        <=  IDLE_STATE;
                                    usr_wrack_r   <=  1'b0;
                                    usr_rdack_r   <=  1'b0;
                                    usr_wrerr_r   <=  1'b0;
                                    usr_rderr_r   <=  1'b0;
                                 end

                default        : begin
                                    pstate        <=  IDLE_STATE;
                                    axi_arvalid_r <=  1'b0;
                                    usr_araddr_r  <=  32'd0;
                                    axi_rdata_r   <=  32'd0;
                                    
                                    axi_awvalid_r <=  1'b0;
                                    axi_awaddr_r  <=  32'd0;
                                    axi_wvalid_r  <=  1'b0;
                                    axi_wdata_r   <=  32'd0;
                                    axi_wstrb_r   <=  4'd0;
                                    
                                    usr_wrack_r   <=  1'b0;
                                    usr_rdack_r   <=  1'b0;
                                    usr_wrerr_r   <=  1'b0;
                                    usr_rderr_r   <=  1'b0;
                                 end
        endcase
     end
  end

endmodule


(* DowngradeIPIdentifiedWarnings="yes" *)
module interlaken_0_cdc_sync_axi (
 input clk,
 input signal_in,
 output reg signal_out
);

                          wire sig_in_cdc_from ;
 (* ASYNC_REG = "TRUE" *) reg  s_out_d2_cdc_to;
 (* ASYNC_REG = "TRUE" *) reg  s_out_d3;
 (* ASYNC_REG = "TRUE" *) reg  s_out_d4;

assign sig_in_cdc_from = signal_in;

always @(posedge clk) 
begin
  signal_out       <= s_out_d4;
  s_out_d4         <= s_out_d3;
  s_out_d3         <= s_out_d2_cdc_to;
  s_out_d2_cdc_to  <= sig_in_cdc_from;
end

endmodule